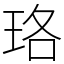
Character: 珞